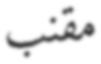
مقنب